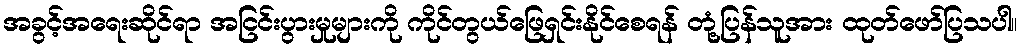
အခွင့်အရေးဆိုင်ရာ အငြင်းပွားမှုများကို ကိုင်တွယ်ဖြေရှင်းနိုင်စေရန် တုံ့ပြန်သူအား ထုတ်ဖော်ပြသပါ။